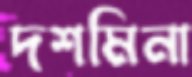
দশমিনা